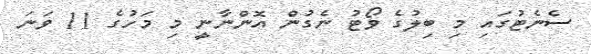
ސެނެޓުގައި މި ބިލުގެ ވޯޓު ނެގުން އޮންނާނީ މި މަހުގެ 11 ވަނަ